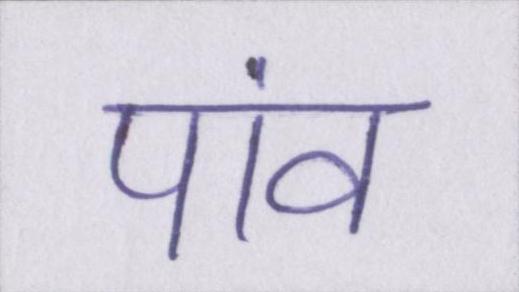
पांव